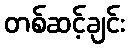
တစ်ဆင့်ချင်း